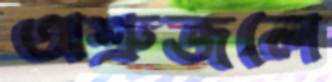
অশ্রুজলে